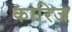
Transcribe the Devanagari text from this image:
कारिज